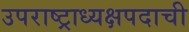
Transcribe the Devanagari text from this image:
उपराष्ट्राध्यक्षपदाची